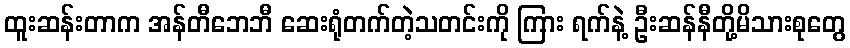
ထူးဆန်းတာက အန်တီဘေဘီ ဆေးရုံတက်တဲ့သတင်းကို ကြား ရက်နဲ့ ဦးဆန်နီတို့မိသားစုတွေ